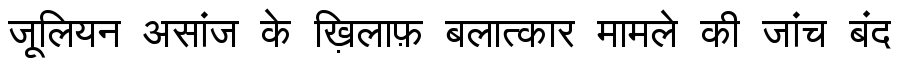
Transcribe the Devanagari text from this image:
जूलियन असांज के ख़िलाफ़ बलात्कार मामले की जांच बंद